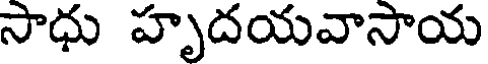
సాధు హృదయవాసాయ